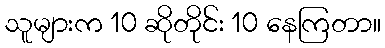
သူများက 10 ဆိုတိုင်း 10 နေကြတာ။